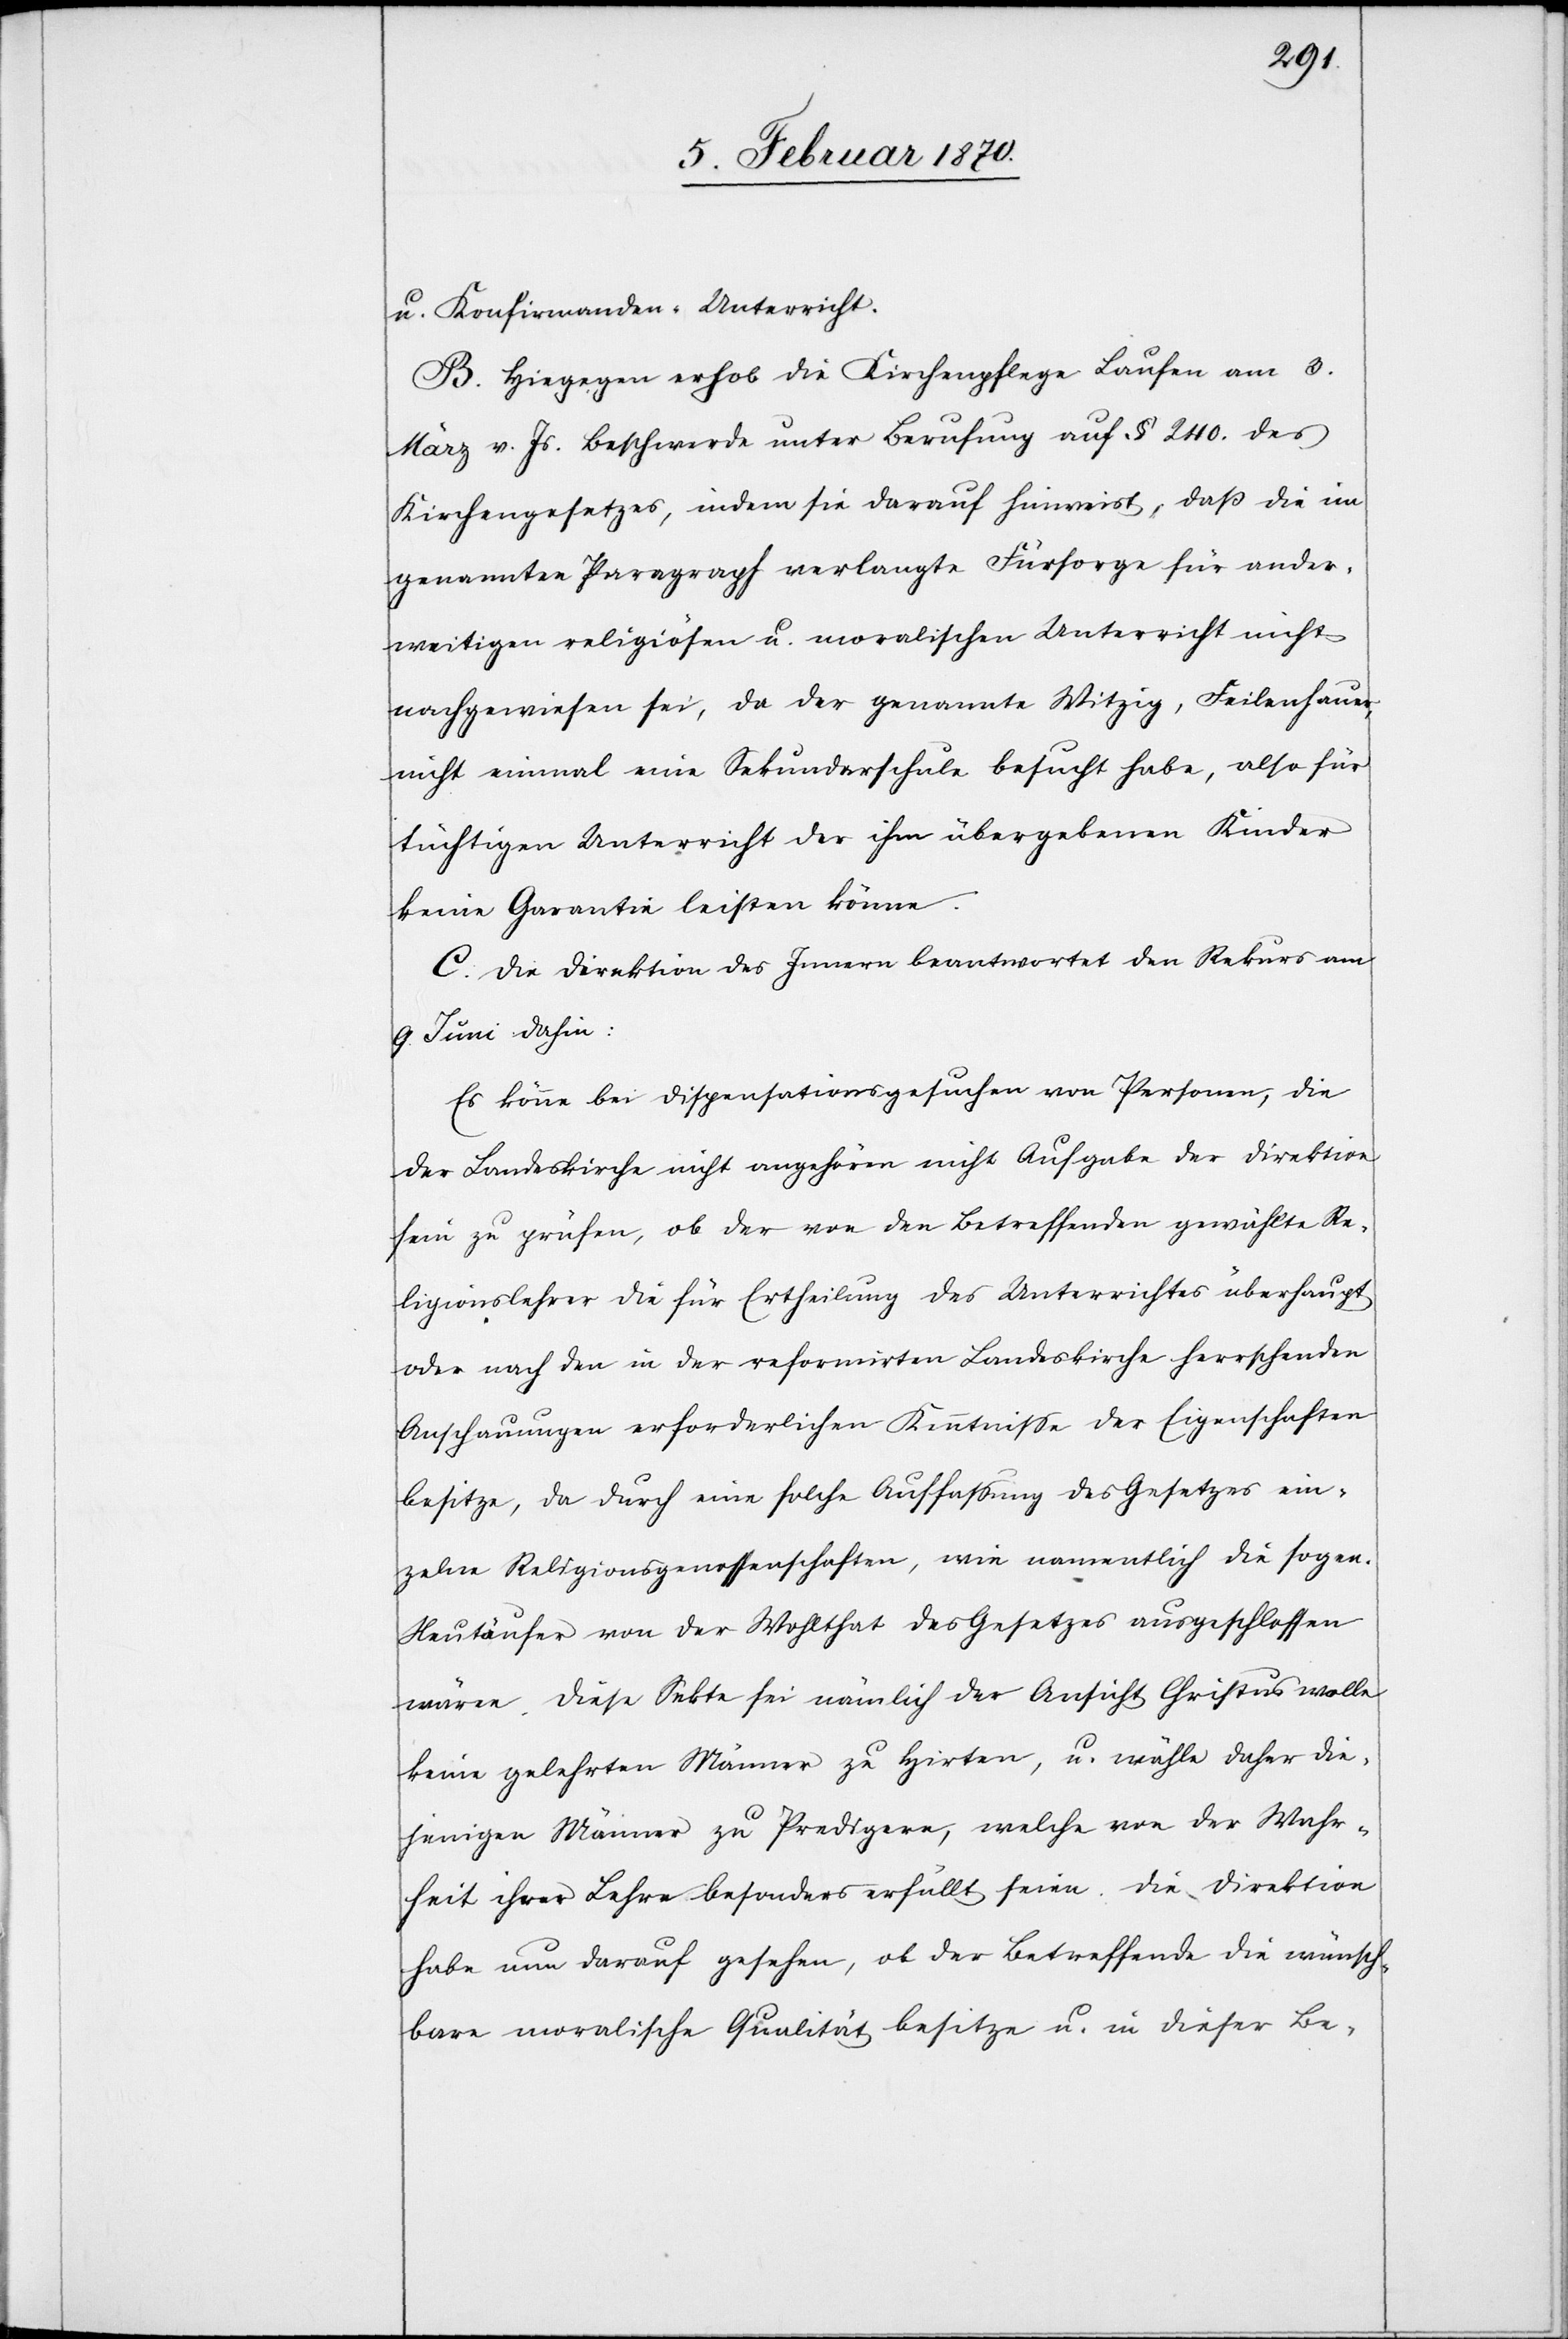
u. Konfirmanden- Unterricht.
B. Hiegegen erhob die Kirchenpflege Laufen am 3.
März v. Js. Beschwerde unter Berufung auf § 240. des
Kirchengesetzes, indem sie darauf hinweist, daß die im
genannten Paragraph verlangte Fürsorge für ander¬
weitigen religiösen u. moralischen Unterricht nicht
nachgewiesen sei, da der genannte Witzig, Feilenhauer,
nicht einmal eine Sekundarschule besucht habe, also für
tüchtigen Unterricht der ihm übergebenen Kinder
keine Garantie leisten könne.
C. Die Direktion des Innern beantwortet den Rekurs am
9. Juni dahin:
Es könne bei Dispensationsgesuchen von Personen, die
der Landeskirche nicht angehören nicht Aufgabe der Direktion
sein zu prüfen, ob der von den Betreffenden gewählte Re¬
ligionslehrer die für Ertheilung des Unterrichtes überhaupt
oder nach den in der reformirten Landeskirche herrschenden
Anschauungen erforderlichen Kenntnisse der Eigenschaften
besitze, da durch eine solche Auffassung des Gesetzes ein¬
zelne Religionsgenossenschaften, wie namentlich die sogen.
Neutäufer von der Wohlthat des Gesetzes ausgeschlossen
wären. Diese Sekte sei nämlich der Ansicht Christus wolle
keine gelehrten Männer zu Hirten, u. wähle daher die¬
jenigen Männer zu Predigern, welche von der Wahr¬
heit ihrer Lehre besonders erfüllt seien. Die Direktion
habe nun darauf gesehen, ob der Betreffende die wünsch¬
bare moralische Qualität besitze u. in dieser Be-